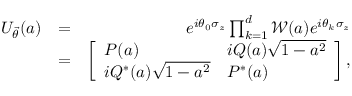
\begin{array} { r l r } { U _ { \vec { \theta } } ( a ) } & { = } & { e ^ { i \theta _ { 0 } \sigma _ { z } } \prod _ { k = 1 } ^ { d } \mathcal { W } ( a ) e ^ { i \theta _ { k } \sigma _ { z } } } \\ & { = } & { \left[ \begin{array} { l l } { P ( a ) } & { i Q ( a ) \sqrt { 1 - a ^ { 2 } } } \\ { i Q ^ { * } ( a ) \sqrt { 1 - a ^ { 2 } } } & { P ^ { * } ( a ) } \end{array} \right] , } \end{array}